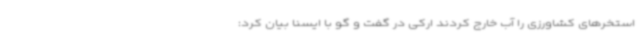
استخرهای کشاورزی را آب خارج کردند ارکی در گفت و گو با ایسنا بیان کرد: